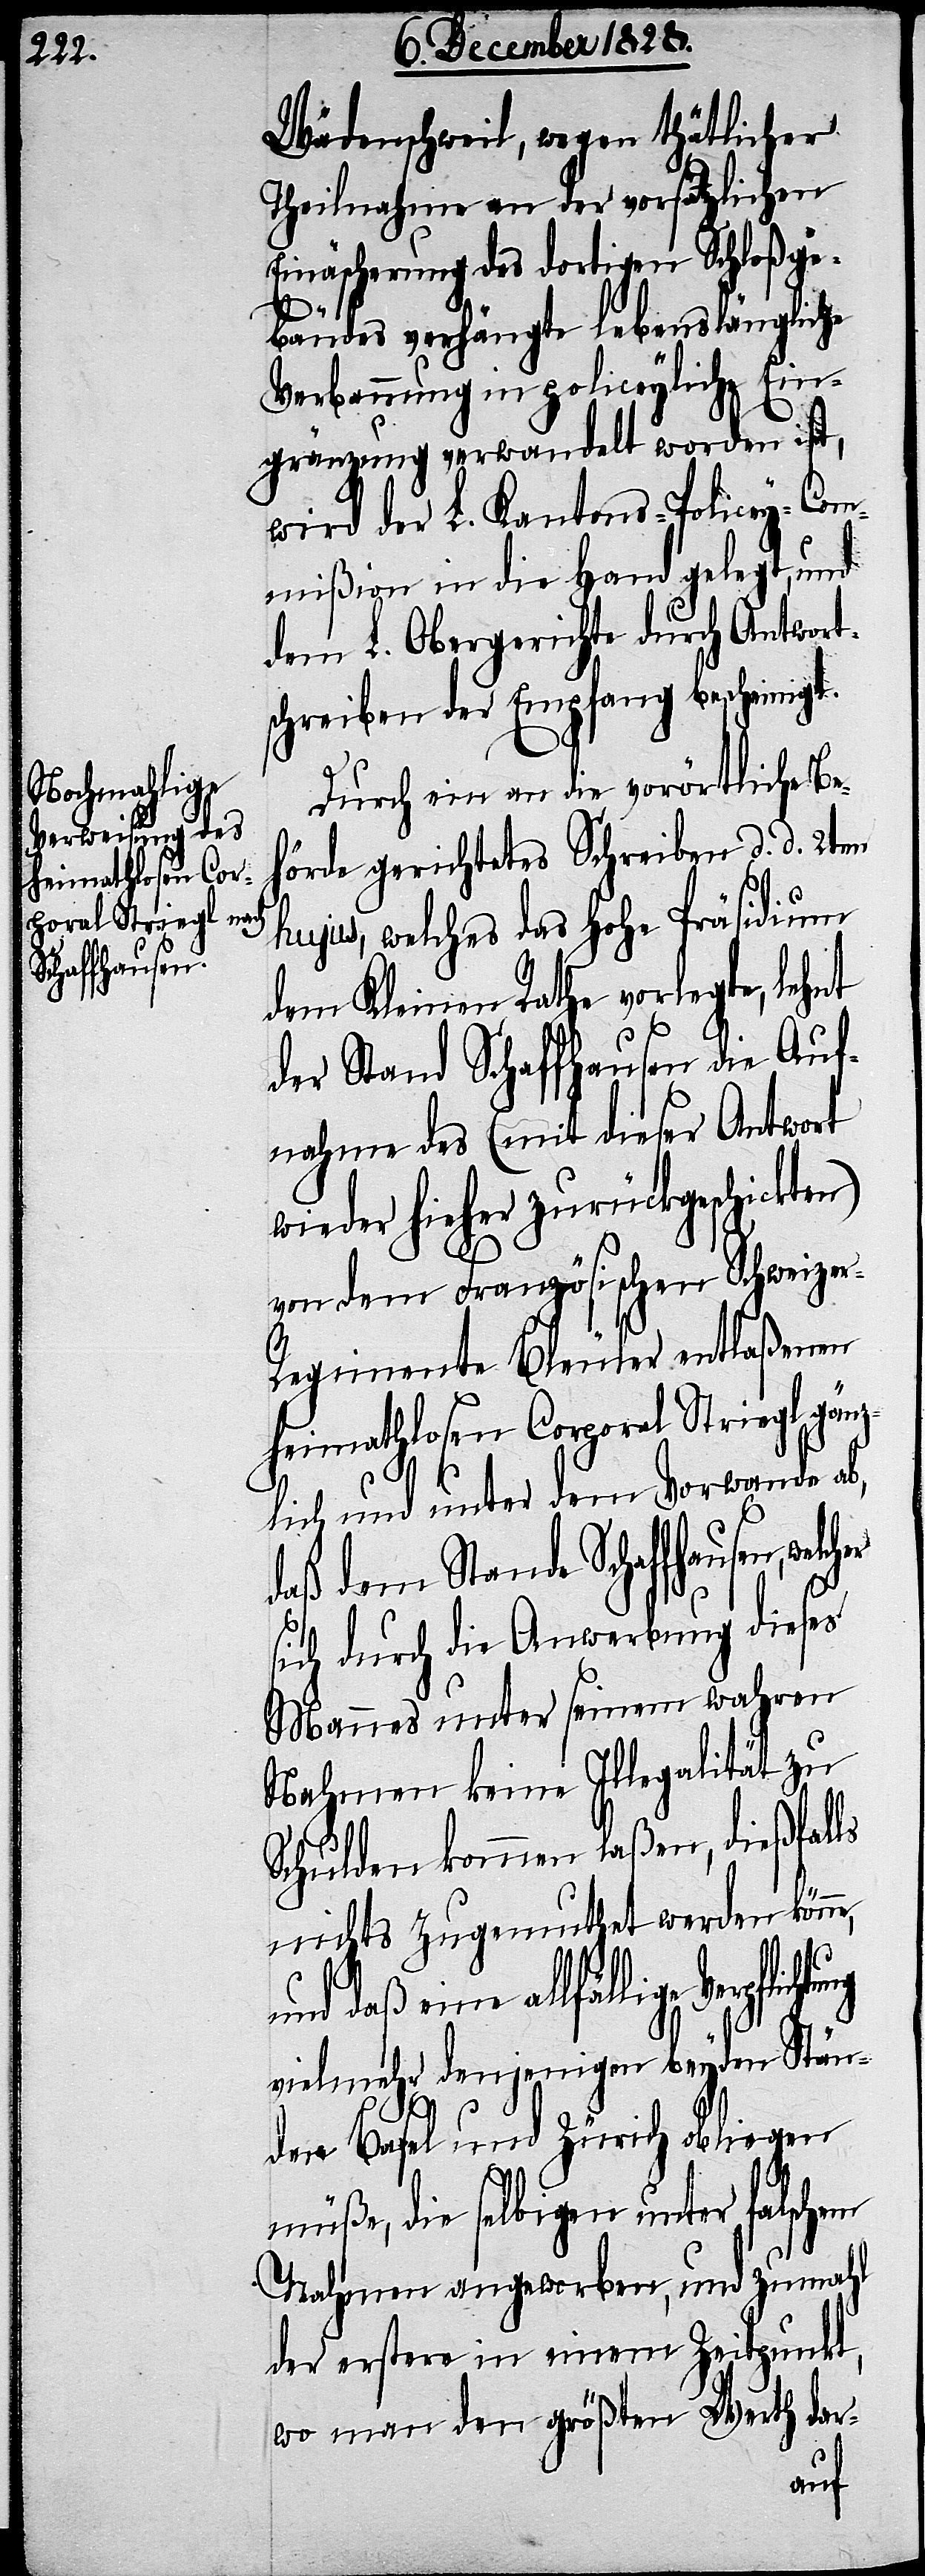
Wädenschweil, wegen thätlicher
Theilnahme an der vorsätzlichen
Einäscherung des dortigen Schloßge¬
bäudes verhängte lebenslängliche
Verbannung in policeyliche Ein¬
gränzung verwandelt worden ist,
wird der L. Kantons-Policey-Com¬
mißion in die Hand gelegt, und
dem L. Obergerichte durch Antwort¬
schreiben der Empfang bescheinigt.
Durch ein an die vorörtliche Be¬
hörde gerichtetes Schreiben d. d. 2ten
hujus, welches das hohe Präsidium
dem Kleinen Rathe vorlegte, lehnt
der Stand Schaffhausen die Auf¬
nahme des (mit dieser Antwort
wieder hieher zurückgeschickten)
von dem Französischen Schweize¬
r-Regimente Bleuler entlaßenen
heimathlosen Corporal Striegl gänz¬
lich und unter dem Vorwande ab,
daß dem Stande Schaffhausen,
sich durch die Anwerbung dieses
Mannes unter seinem wahren
Nahmen keine Illegalität zu
Schulden kommen laßen, dießfalls
nichts zugemuthet werden könne,
und daß eine allfällige
vielmehr denjenigen beyden Stän¬
den Basel und Zürich obliegen
müße, die selbigen unter falschem
Nahmen angeworben, und zumahl
der erstere in einem Zeitpunkt,
wo man den größten Werth dar-